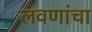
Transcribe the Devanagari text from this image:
लवणांचा